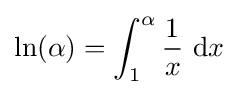
\ln(\alpha )=\int _{1}^{\alpha }{\frac {1}{x}}\ \mathrm {d} x